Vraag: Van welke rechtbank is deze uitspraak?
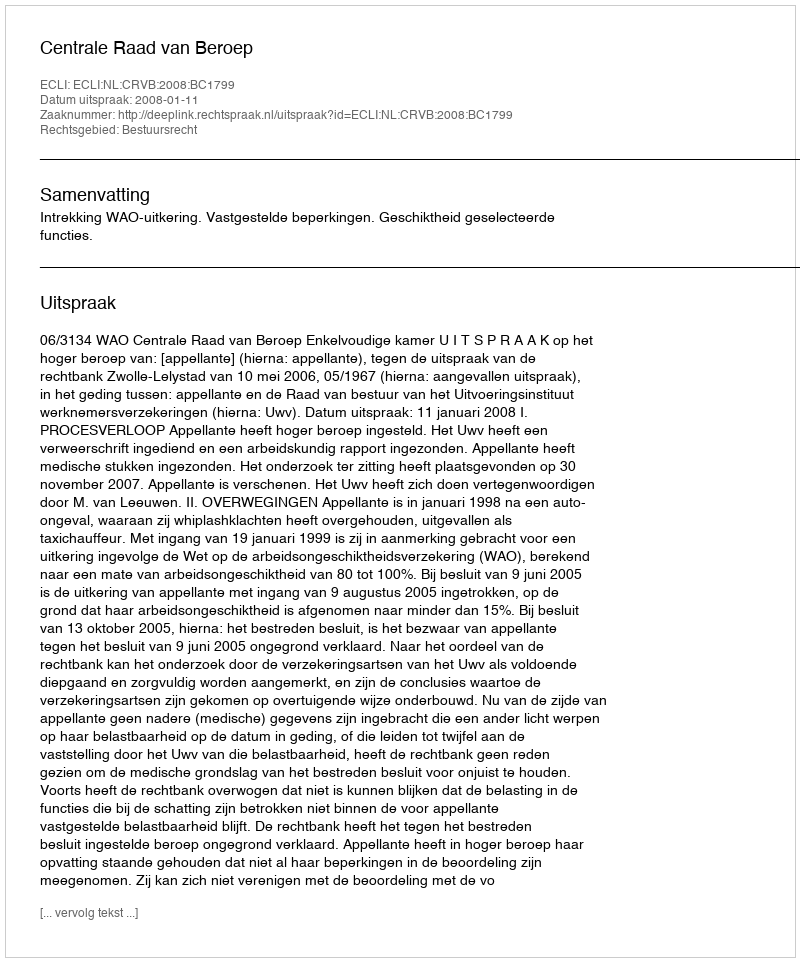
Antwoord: Centrale Raad van Beroep